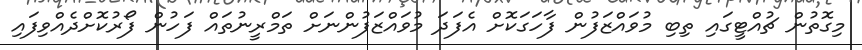
މިގޮތުން ޗުއްޓީގައި ތިބި މުވައްޒަފުން ފާހަގަކޮށް އެފަދަ މުވައްޒަފުންނަށް ތަމްރީނުތައް ފަހުން ފޯރުކޮށްދެއްވިފައި